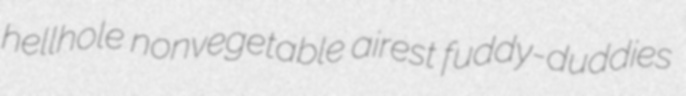
hellhole nonvegetable airest fuddy-duddies